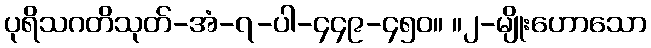
ပုရိသဂတိသုတ်-အံ-၇-ပါ-၄၄၉-၄၅၀။ ။၂-မျိုးဟောသော